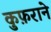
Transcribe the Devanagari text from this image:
कुफ़राने